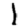
Digit: 1